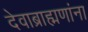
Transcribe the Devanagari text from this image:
देवाब्राह्मणांना